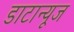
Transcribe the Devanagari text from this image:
डाटान्यूज